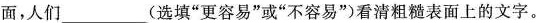
面，人们___(选填”更容易”或”不容易”)看清粗糙表面上的文字。